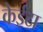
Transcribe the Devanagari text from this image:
केईटा